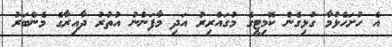
އެ ހުށަހެޅުމާ ގުޅިގެން ކޮމިޓީގެ މުގައްރިރު އަދި މާފަންނު އުތުރު ދާއިރާގެ މެންބަރު